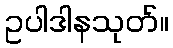
ဥပါဒါနသုတ်။